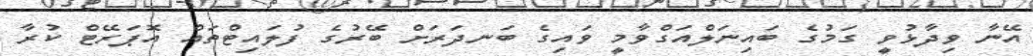
އޭނާ ވިދާޅުވީ ގަމުގެ ބައިނަލްއަގްވާމީ ވައިގެ ބަނދަރަށް ބޭރުގެ ފުލައިޓްތައް އޮޕަރޭޓް ކުރާ